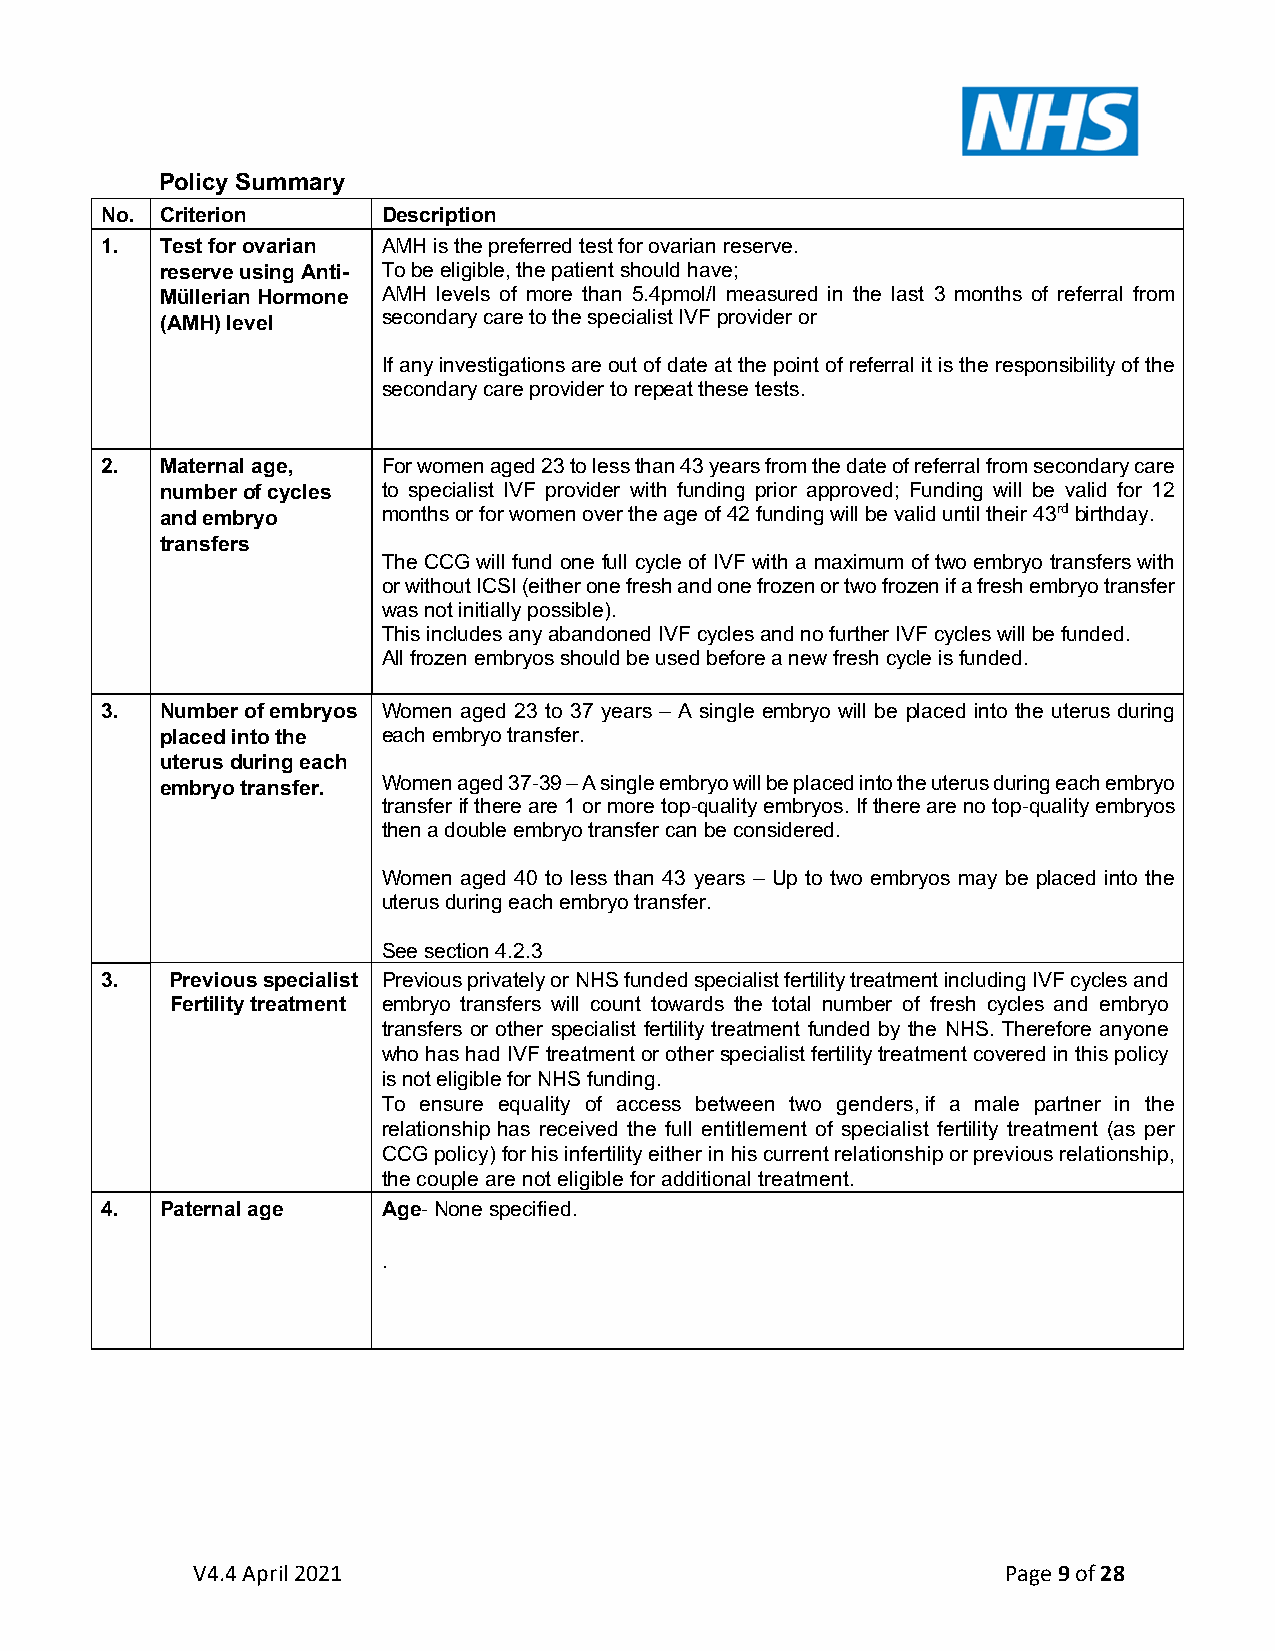
Policy Summary
 No. Criterion     Description
 1.  Test for ovarian AMH is the preferred test for ovarian reserve.
 reserve using Anti- To be eligible, the patient should have;
 Müllerian Hormone AMH levels of more than 5.4pmol/l measured in the last 3 months of referral from
 (AMH) level   secondary care to the specialist IVF provider or
 If any investigations are out of date at the point of referral it is the responsibility of the
 secondary care provider to repeat these tests.
 2.  Maternal age, For women aged 23 to less than 43 years from the date of referral from secondary care
 number of cycles to specialist IVF provider with funding prior approved; Funding will be valid for 12
 and embryo    months or for women over the age of 42 funding will be valid until their 43rd birthday.
 transfers
 The CCG will fund one full cycle of IVF with a maximum of two embryo transfers with
 or without ICSI (either one fresh and one frozen or two frozen if a fresh embryo transfer
 was not initially possible).
 This includes any abandoned IVF cycles and no further IVF cycles will be funded.
 All frozen embryos should be used before a new fresh cycle is funded.
 3.  Number of embryos Women aged 23 to 37 years – A single embryo will be placed into the uterus during
 placed into the each embryo transfer.
 uterus during each
 embryo transfer. Women aged 37-39 – A single embryo will be placed into the uterus during each embryo
 transfer if there are 1 or more top-quality embryos. If there are no top-quality embryos
 then a double embryo transfer can be considered.
 Women aged 40 to less than 43 years – Up to two embryos may be placed into the
 uterus during each embryo transfer.
 See section 4.2.3
 3.  Previous specialist Previous privately or NHS funded specialist fertility treatment including IVF cycles and
 Fertility treatment embryo transfers will count towards the total number of fresh cycles and embryo
 transfers or other specialist fertility treatment funded by the NHS. Therefore anyone
 who has had IVF treatment or other specialist fertility treatment covered in this policy
 is not eligible for NHS funding.
 To ensure equality of access between two genders, if a male partner in the
 relationship has received the full entitlement of specialist fertility treatment (as per
 CCG policy) for his infertility either in his current relationship or previous relationship,
 the couple are not eligible for additional treatment.
 4.  Paternal age  Age- None specified.
 .
 V4.4 April 2021                                       Page 9 of 28